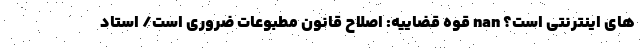
های اینترنتی است؟ nan قوه قضاییه: اصلاح قانون مطبوعات ضروری است/ استاد